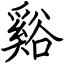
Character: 谿